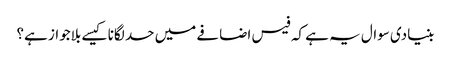
بنیادی سوال یہ ہے کہ فیس اضافے میں حد لگانا کیسے بلاجواز ہے؟